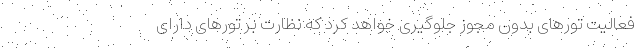
فعالیت تورهای بدون مجوز جلوگیری خواهد کرد که نظارت بر تورهای دارای